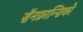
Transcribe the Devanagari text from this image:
सॅनफ्रान्सिको